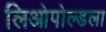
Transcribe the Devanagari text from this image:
लिओपोल्डला